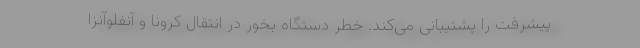
پیشرفت را پشتیبانی می‌کند. خطر دستگاه بخور در انتقال کرونا و آنفلوآنزا